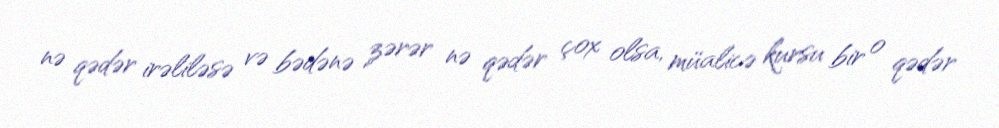
nə qədər irəliləsə və bədənə zərər nə qədər çox olsa, müalicə kursu bir o qədər